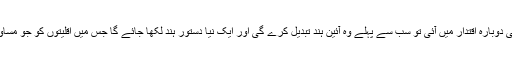
اپنے متنازعہ بیان میں مزید کہا کہ بی جے پی دوبارہ اقتدار میں آئی تو سب سے پہلے وہ آئین ہند تبدیل کرے گی اور ایک نیا دستور ہند لکھا جائے گا جس میں اقلیتوں کو جو مساوی حقوق دیے گئے ہیں انہیں ختم کر دے گی۔